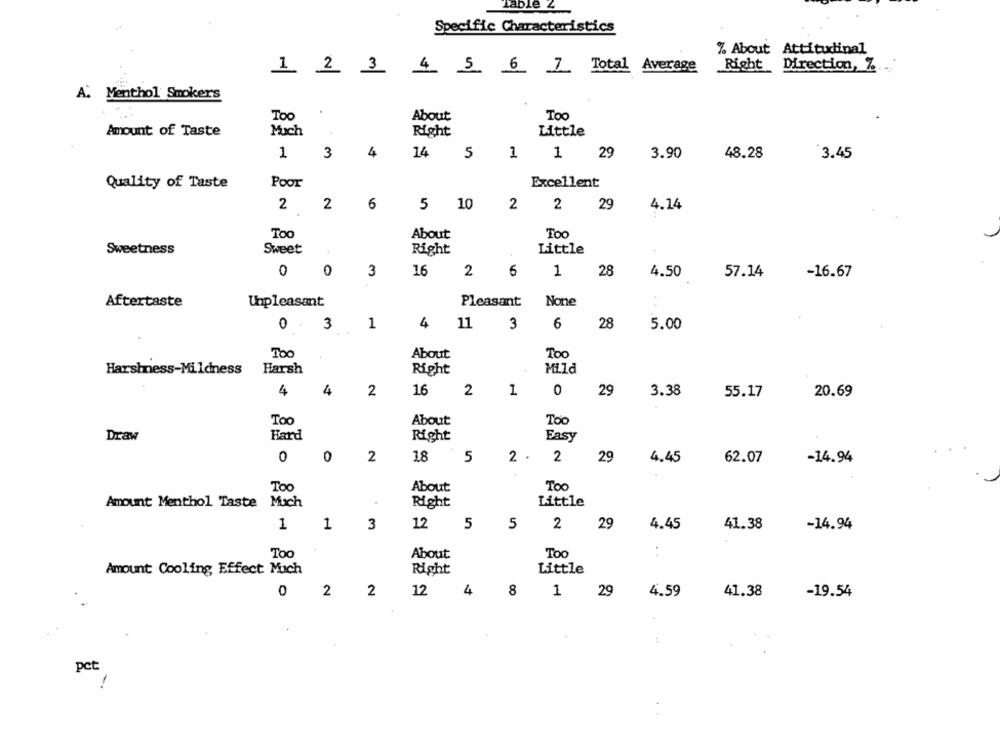
fable 2
Specific Characteristics
% About Attitudinal
Right Direction, % ..
1 2 3
4 5 6 1 Total Average
A. Menthol Smokers
Too
About
Too
Amount of Taste
Much
Right
Little
1
3
4
14
5
1
1
29
3.90
48.28
3.45
Quality of Taste
Poor
Excellent
2
2
6
5 10
2
2
29
4.14
Too
About
Too
Sweetness
Sweet
Right
Little
0
1
0
3
16
2
6
28
4.50
57.14
-16.67
Aftertaste
Unpleasant
Pleasant
0
3
1
4
11
3
6
28
5.00
TOO
About
Too
Harshness-Mildness
Harsh
Right
Mild
4
4
2
16
0
2
1
29
3.38
55.17
20.69
Too
About
Toc
Hard
Draw
Right
Easy
0
0
2
18
2 .
2
29
5
4.45
62.07
-14.94
Too
About
Too
Mich
Little
Amount Menthol Taste
Right
1
1
3
12
5
5
2
29
4.45
41.38
-14.94
Too
About
Too
Amount Cooling Effect Mich
Little
Right
0
2
2 12
4
8
29
4.59
41.38
1
-19.54
pct: